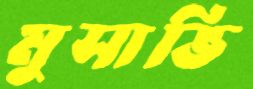
মুসাভি